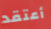
أعتقد